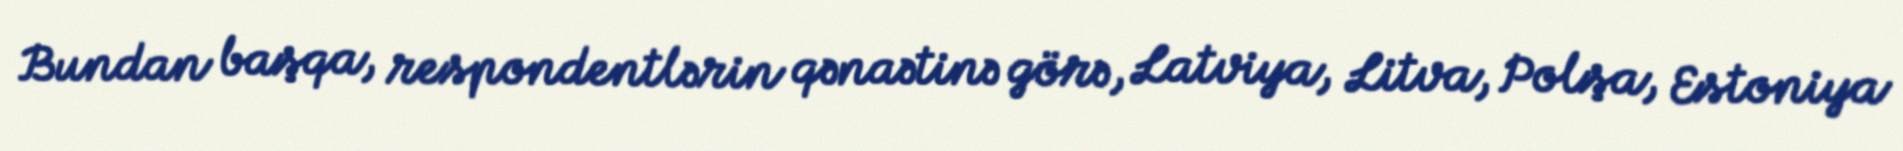
Bundan başqa, respondentlərin qənaətinə görə, Latviya, Litva, Polşa, Estoniya